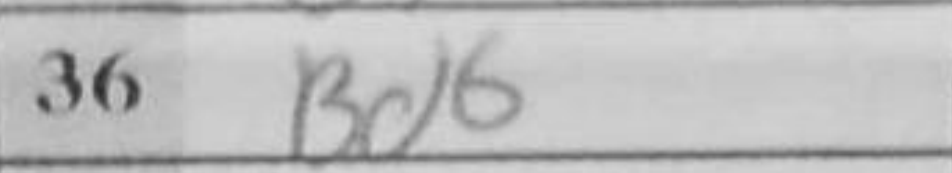
Transcription: Bd6